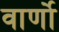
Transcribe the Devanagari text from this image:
वार्णो